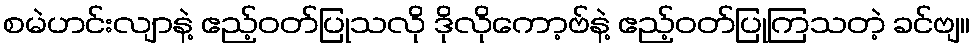
စမဲဟင်းလျာနဲ့ ဧည့်ဝတ်ပြုသလို ဒိုလိုကော့ဗ်နဲ့ ဧည့်ဝတ်ပြုကြသတဲ့ ခင်ဗျ။